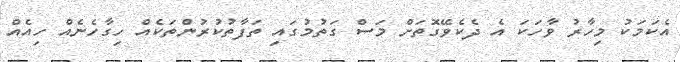
އެކަމަކު މިހާރު ވާހަކަ އެ ދެކެވޭގޮތަށް މަސް ގަތުމުގައި ތަފާތުކުރުންތަކެއް ހިގާހެނެއް ހިއެއް